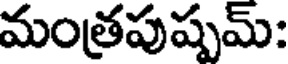
మంత్రపుష్పమ్: